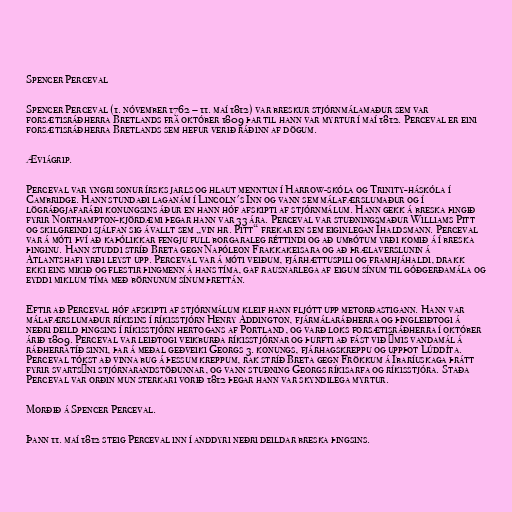
Spencer Perceval

Spencer Perceval (1. nóvember 1762 – 11. maí 1812) var breskur stjórnmálamaður sem var
forsætisráðherra Bretlands frá október 1809 þar til hann var myrtur í maí 1812. Perceval er eini
forsætisráðherra Bretlands sem hefur verið ráðinn af dögum.

Æviágrip.

Perceval var yngri sonur írsks jarls og hlaut menntun í Harrow-skóla og Trinity-háskóla í
Cambridge. Hann stundaði laganám í Lincoln's Inn og vann sem málafærslumaður og í
lögráðgjafaráði konungsins áður en hann hóf afskipti af stjórnmálum. Hann gekk á breska þingið
fyrir Northampton-kjördæmi þegar hann var 33 ára. Perceval var stuðningsmaður Williams Pitt
og skilgreindi sjálfan sig ávallt sem „vin hr. Pitt“ frekar en sem eiginlegan Íhaldsmann. Perceval
var á móti því að kaþólikkar fengju full borgaraleg réttindi og að umbótum yrði komið á í breska
þinginu. Hann studdi stríð Breta gegn Napóleon Frakkakeisara og að þrælaverslunin á
Atlantshafi yrði leyst upp. Perceval var á móti veiðum, fjárhættuspili og framhjáhaldi, drakk
ekki eins mikið og flestir þingmenn á hans tíma, gaf rausnarlega af eigum sínum til góðgerðamála og
eyddi miklum tíma með börnunum sínum þrettán.

Eftir að Perceval hóf afskipti af stjórnmálum kleif hann fljótt upp metorðastigann. Hann var
málafærslumaður ríkisins í ríkisstjórn Henry Addington, fjármálaráðherra og þingleiðtogi á
neðri deild þingsins í ríkisstjórn hertogans af Portland, og varð loks forsætisráðherra í október
árið 1809. Perceval var leiðtogi veikburða ríkisstjórnar og þurfti að fást við ýmis vandamál á
ráðherratíð sinni, þar á meðal geðveiki Georgs 3. konungs, fjárhagskreppu og uppþot Lúddíta.
Perceval tókst að vinna bug á þessum kreppum, rak stríð Breta gegn Frökkum á Íbaríuskaga þrátt
fyrir svartsýni stjórnarandstöðunnar, og vann stuðning Georgs ríkisarfa og ríkisstjóra. Staða
Perceval var orðin mun sterkari vorið 1812 þegar hann var skyndilega myrtur.

Morðið á Spencer Perceval.

Þann 11. maí 1812 steig Perceval inn í anddyri neðri deildar breska þingsins.